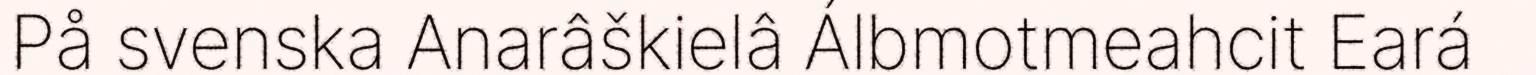
På svenska Anarâškielâ Álbmotmeahcit Eará